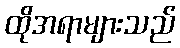
ထိုအရာများသည်